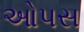
ઓપસ